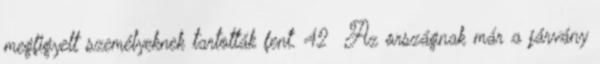
megfigyelt személyeknek tartották fent. 42 Az országnak már a járvány